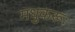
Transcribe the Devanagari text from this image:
मधुकरूः